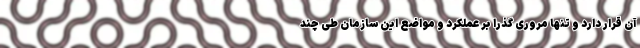
آن قرار دارد و تنها مروری گذرا بر عملکرد و مواضع این سازمان طی چند